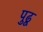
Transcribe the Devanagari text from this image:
पुढू